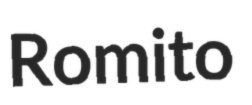
Romito